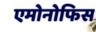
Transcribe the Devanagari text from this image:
एमोनोफिस